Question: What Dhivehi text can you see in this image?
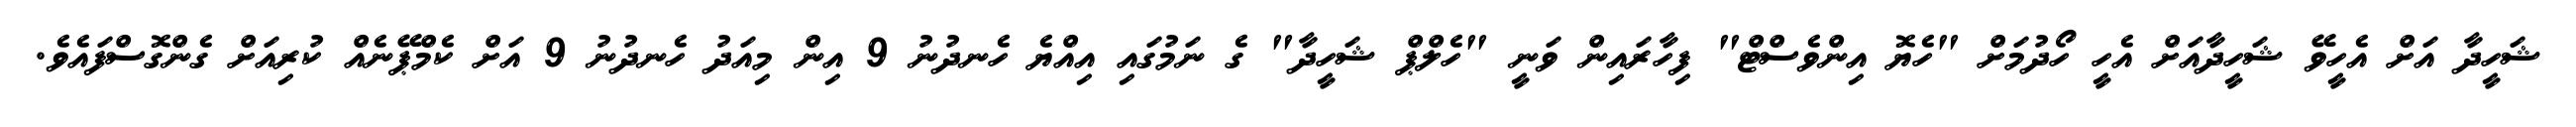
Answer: ޝަހީދާ އަށް އެހީވޭ ޝަހީދާއަށް އެހީ ހޯދުމަށް "ހެޔޮ އިންވެސްޓް" ފިހާރައިން ވަނީ "ހެލްޕް ޝަހީދާ" ގެ ނަމުގައި އިއްޔެ ހެނދުނު 9 އިން މިއަދު ހެނދުނު 9 އަށް ކެމްޕޭނެއް ކުރިއަށް ގެންގޮސްފައެވެ.